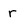
Character: r